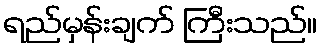
ရည်မှန်းချက် ကြီးသည်။